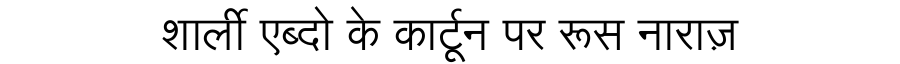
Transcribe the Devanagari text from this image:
शार्ली एब्दो के कार्टून पर रूस नाराज़